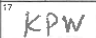
Transcription: KPW